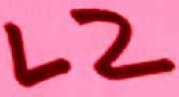
Text: L2